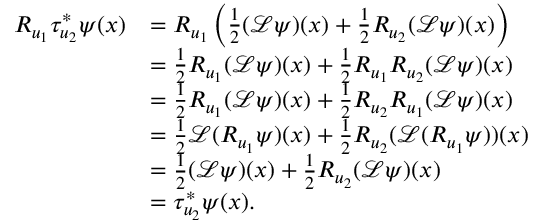
\begin{array} { r l } { R _ { u _ { 1 } } \tau _ { u _ { 2 } } ^ { * } \psi ( x ) } & { = R _ { u _ { 1 } } \left( \frac { 1 } { 2 } ( \mathcal { L } \psi ) ( x ) + \frac { 1 } { 2 } R _ { u _ { 2 } } ( \mathcal { L } \psi ) ( x ) \right) } \\ & { = \frac { 1 } { 2 } R _ { u _ { 1 } } ( \mathcal { L } \psi ) ( x ) + \frac { 1 } { 2 } R _ { u _ { 1 } } R _ { u _ { 2 } } ( \mathcal { L } \psi ) ( x ) } \\ & { = \frac { 1 } { 2 } R _ { u _ { 1 } } ( \mathcal { L } \psi ) ( x ) + \frac { 1 } { 2 } R _ { u _ { 2 } } R _ { u _ { 1 } } ( \mathcal { L } \psi ) ( x ) } \\ & { = \frac { 1 } { 2 } \mathcal { L } ( R _ { u _ { 1 } } \psi ) ( x ) + \frac { 1 } { 2 } R _ { u _ { 2 } } ( \mathcal { L } ( R _ { u _ { 1 } } \psi ) ) ( x ) } \\ & { = \frac { 1 } { 2 } ( \mathcal { L } \psi ) ( x ) + \frac { 1 } { 2 } R _ { u _ { 2 } } ( \mathcal { L } \psi ) ( x ) } \\ & { = \tau _ { u _ { 2 } } ^ { * } \psi ( x ) . } \end{array}